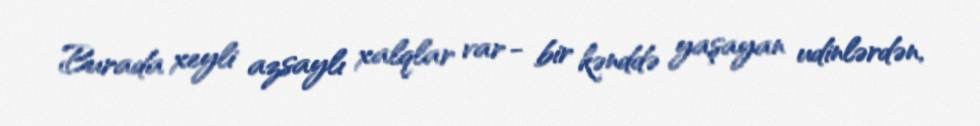
Burada xeyli azsaylı xalqlar var - bir kənddə yaşayan udinlərdən,